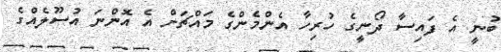
ބުނީ އެ ފައިސާ ދޯނީގެ ހުރިހާ އެންމެންގެ މައްޗަށް އެ އޮންނަ އުސޫލެއްގެ